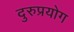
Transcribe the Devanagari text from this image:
दुरुप्रयोग